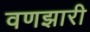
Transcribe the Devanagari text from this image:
वणझारी